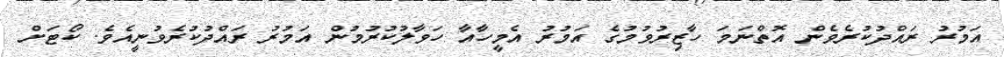
އަމުރު ރައްދުކުރެވެން އޮތްނަމަ ހާޒިރުވުމުގެ އަމުރު އެމީހާއާ ހަވާލުކުރުމުން އަމުރު ރައްދުކުރެވުނީއެވެ. ކޯޓަށް